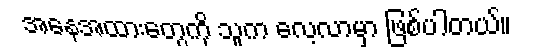
အနေအထားတွေကို သူက လေ့လာမှာ ဖြစ်ပါတယ်။